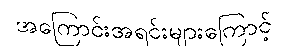
အကြောင်းအရင်းများကြောင့်